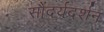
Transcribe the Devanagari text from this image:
सौंदर्यदर्शन